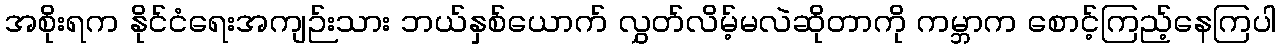
အစိုးရက နိုင်ငံရေးအကျဉ်းသား ဘယ်နှစ်ယောက် လွှတ်လိမ့်မလဲဆိုတာကို ကမ္ဘာက စောင့်ကြည့်နေကြပါ